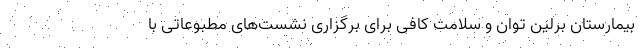
بیمارستان برلین توان و سلامت کافی برای برگزاری نشست‌های مطبوعاتی با